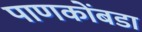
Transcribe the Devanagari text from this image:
पाणकोंबडा